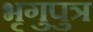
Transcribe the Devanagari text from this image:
भृगुपुत्र